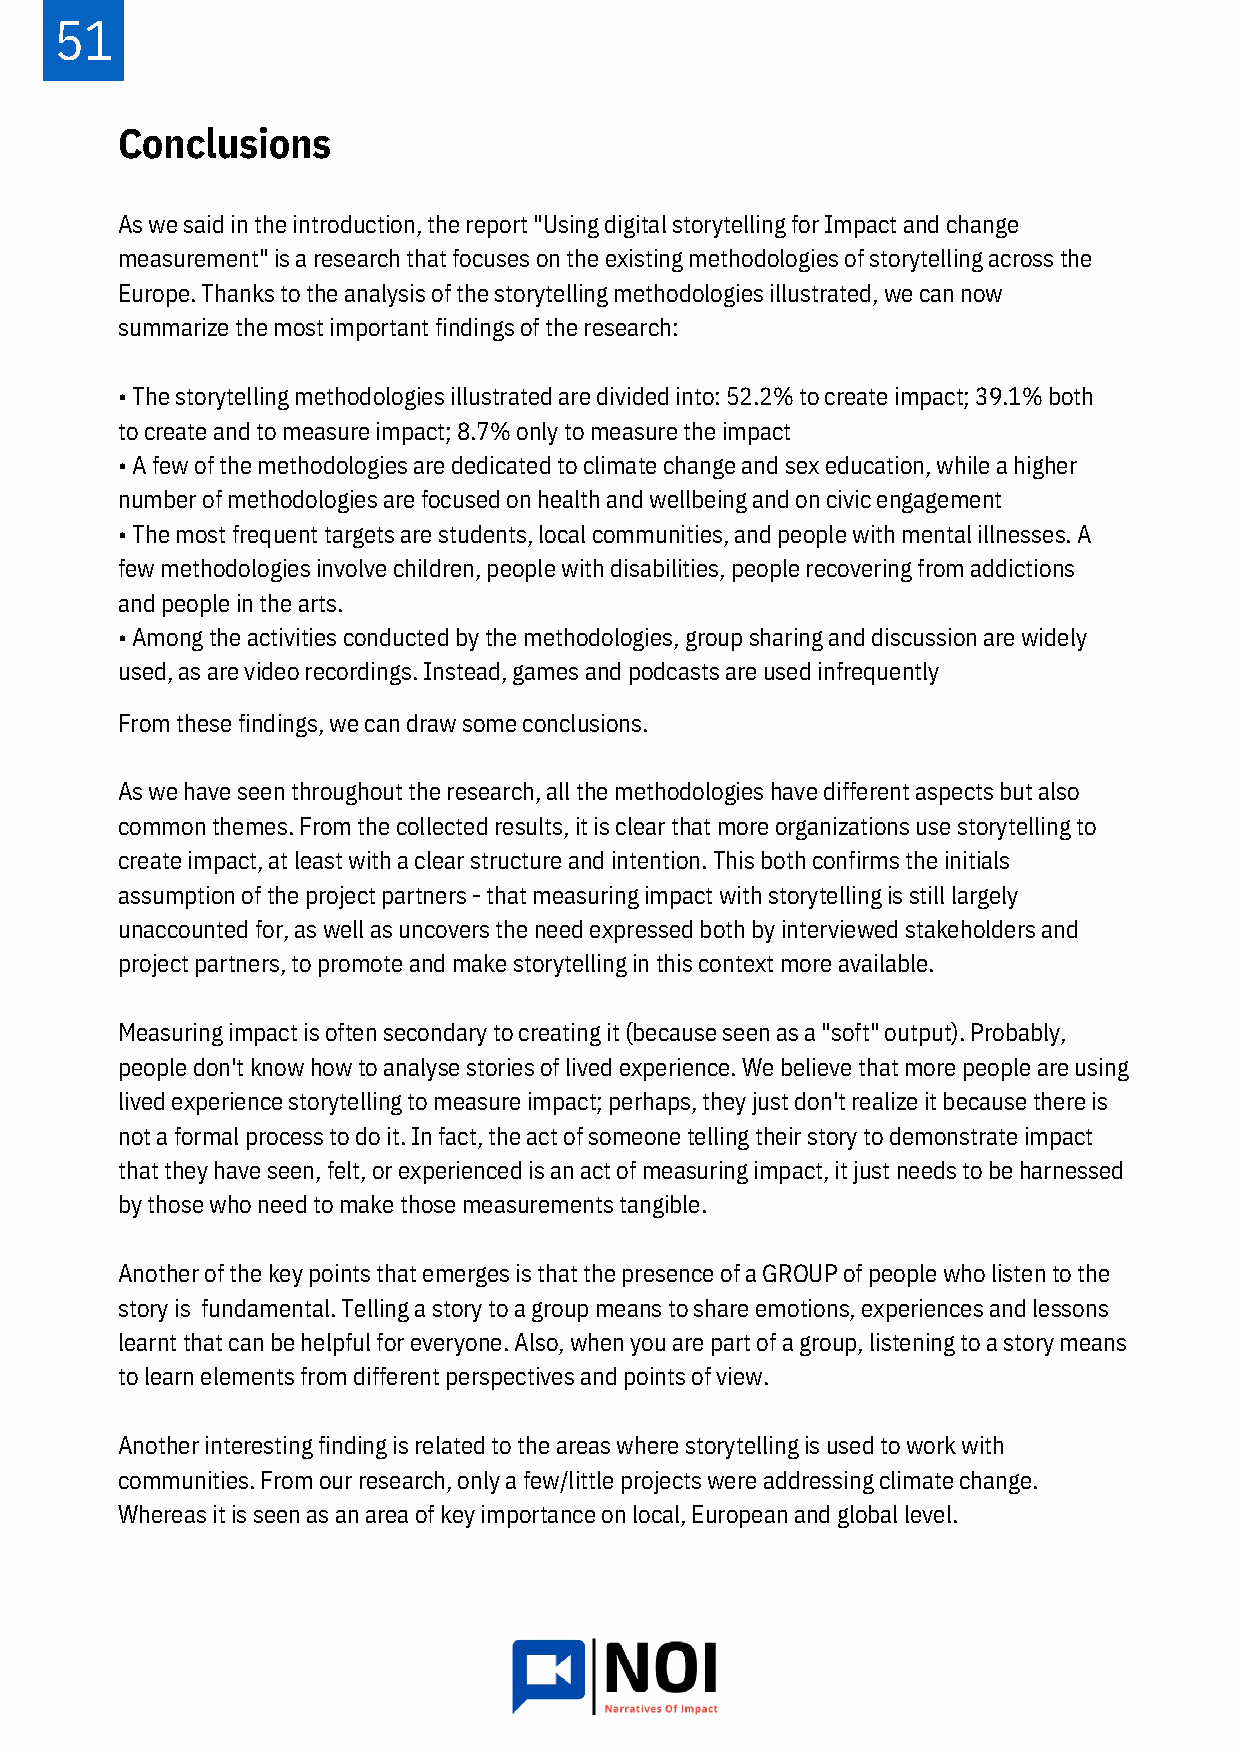
51
 Conclusions
 As we said in the introduction, the report "Using digital storytelling for Impact and change
 measurement" is a research that focuses on the existing methodologies of storytelling across the
 Europe. Thanks to the analysis of the storytelling methodologies illustrated, we can now
 summarize the most important findings of the research:
 • The storytelling methodologies illustrated are divided into: 52.2% to create impact; 39.1% both
 to create and to measure impact; 8.7% only to measure the impact
 • A few of the methodologies are dedicated to climate change and sex education, while a higher
 number of methodologies are focused on health and wellbeing and on civic engagement
 • The most frequent targets are students, local communities, and people with mental illnesses. A
 few methodologies involve children, people with disabilities, people recovering from addictions
 and people in the arts.
 • Among the activities conducted by the methodologies, group sharing and discussion are widely
 used, as are video recordings. Instead, games and podcasts are used infrequently
 From these findings, we can draw some conclusions.
 As we have seen throughout the research, all the methodologies have different aspects but also
 common themes. From the collected results, it is clear that more organizations use storytelling to
 create impact, at least with a clear structure and intention. This both confirms the initials
 assumption of the project partners - that measuring impact with storytelling is still largely
 unaccounted for, as well as uncovers the need expressed both by interviewed stakeholders and
 project partners, to promote and make storytelling in this context more available.
 Measuring impact is often secondary to creating it (because seen as a "soft" output). Probably,
 people don't know how to analyse stories of lived experience. We believe that more people are using
 lived experience storytelling to measure impact; perhaps, they just don't realize it because there is
 not a formal process to do it. In fact, the act of someone telling their story to demonstrate impact
 that they have seen, felt, or experienced is an act of measuring impact, it just needs to be harnessed
 by those who need to make those measurements tangible.
 Another of the key points that emerges is that the presence of a GROUP of people who listen to the
 story is fundamental. Telling a story to a group means to share emotions, experiences and lessons
 learnt that can be helpful for everyone. Also, when you are part of a group, listening to a story means
 to learn elements from different perspectives and points of view.
 Another interesting finding is related to the areas where storytelling is used to work with
 communities. From our research, only a few/little projects were addressing climate change.
 Whereas it is seen as an area of key importance on local, European and global level.